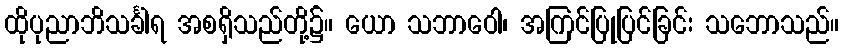
ထိုပုညာဘိသင်္ခါရ အစရှိသည်တို့၌။ ယော သဘာဝေါ၊ အကြင်ပြုပြင်ခြင်း သဘောသည်။